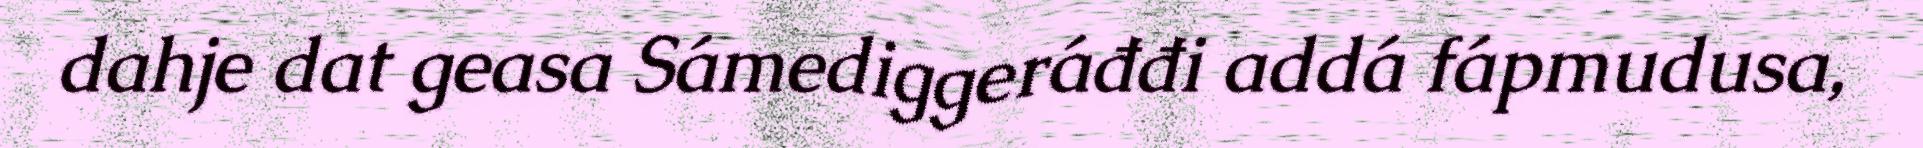
dahje dat geasa Sámediggeráđđi addá fápmudusa,